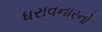
ધરાવનારનો